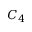
C _ { 4 }